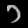
Digit: ၁